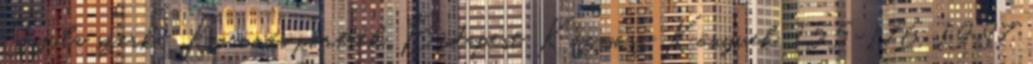
Gyula szerk.: Koronás portrék, Budapest, Kozmosz Könyvek, 155-176, 1987.